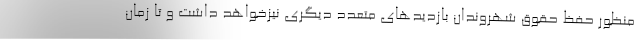
منظور حفظ حقوق شهروندان بازدیدهای متعدد دیگری نیزخواهد داشت و تا زمان